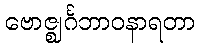
ဗောဇ္ဈင်္ဂဘာဝနာရတာ